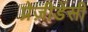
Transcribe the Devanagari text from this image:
प्रेज़ीडेंसी